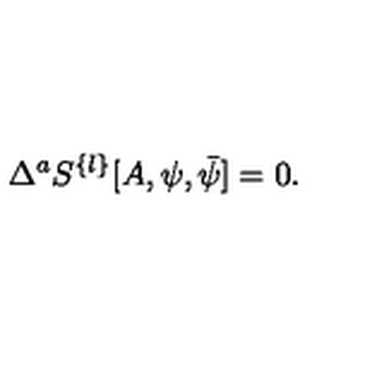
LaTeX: \Delta ^ { a } S ^ { \{ l \} } [ A , \psi , \bar { \psi } ] = 0 .